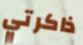
ذاكرتي